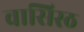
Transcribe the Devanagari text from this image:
वासिस्ठ